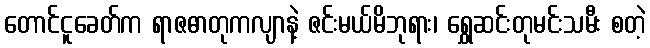
တောင်ငူခေတ်က ရာဇဓာတုကလျာနဲ့ ဇင်းမယ်မိဘုရား၊ ရွှေဆင်းတုမင်းသမီး စတဲ့